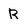
Character: R